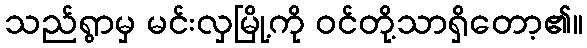
သည်ရွာမှ မင်းလှမြို့ကို ဝင်တို့သာရှိတော့၏။